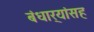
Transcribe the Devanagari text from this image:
बंधार्‍यांसह